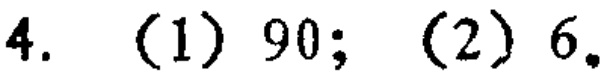
4. (1) 90; (2) 6.